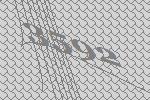
3592